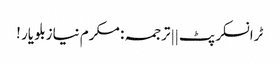
ٹرانسکرپٹ || ترجمہ : مکرم نیازبلو یار !